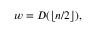
w = D ( \lfloor n / 2 \rfloor ) ,